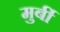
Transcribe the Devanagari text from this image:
मुर्बी